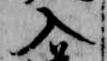
入